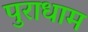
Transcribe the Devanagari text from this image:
पुराधाम